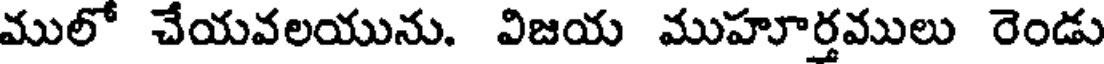
ములో చేయవలయును. విజయ ముహూర్తములు రెండు